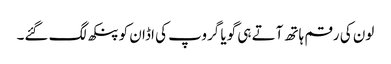
لون کی رقم ہاتھ آتے ہی گویا گروپ کی اڈان کو پنکھ لگ گئے۔